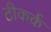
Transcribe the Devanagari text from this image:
टीकर्क